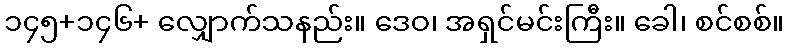
၁၄၅+၁၄၆+ လျှောက်သနည်း။ ဒေဝ၊ အရှင်မင်းကြီး။ ခေါ၊ စင်စစ်။